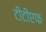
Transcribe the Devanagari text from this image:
टीटीएफ